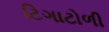
ટિગાટોળી